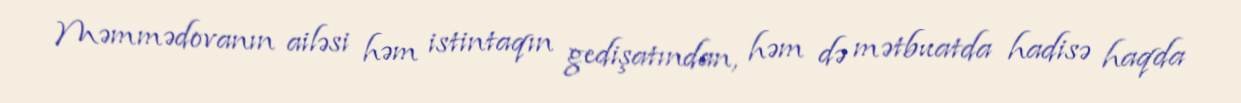
Məmmədovanın ailəsi həm istintaqın gedişatından, həm də mətbuatda hadisə haqda